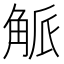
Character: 𮗯